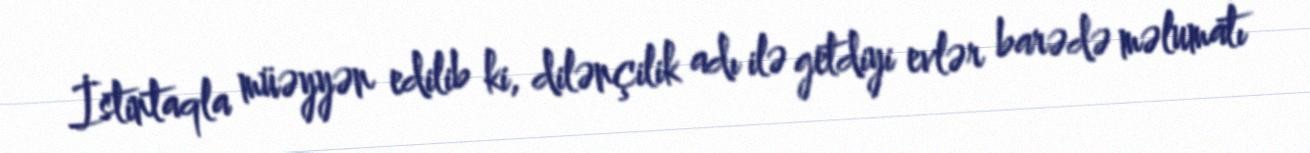
İstintaqla müəyyən edilib ki, dilənçilik adı ilə getdiyi evlər barədə məlumatı